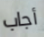
أجاب